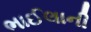
ભાઈલાની